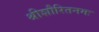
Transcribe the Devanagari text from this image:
श्रीशौरितनमः